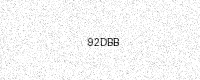
Text: 92DBB